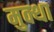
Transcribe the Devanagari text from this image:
मुक्था